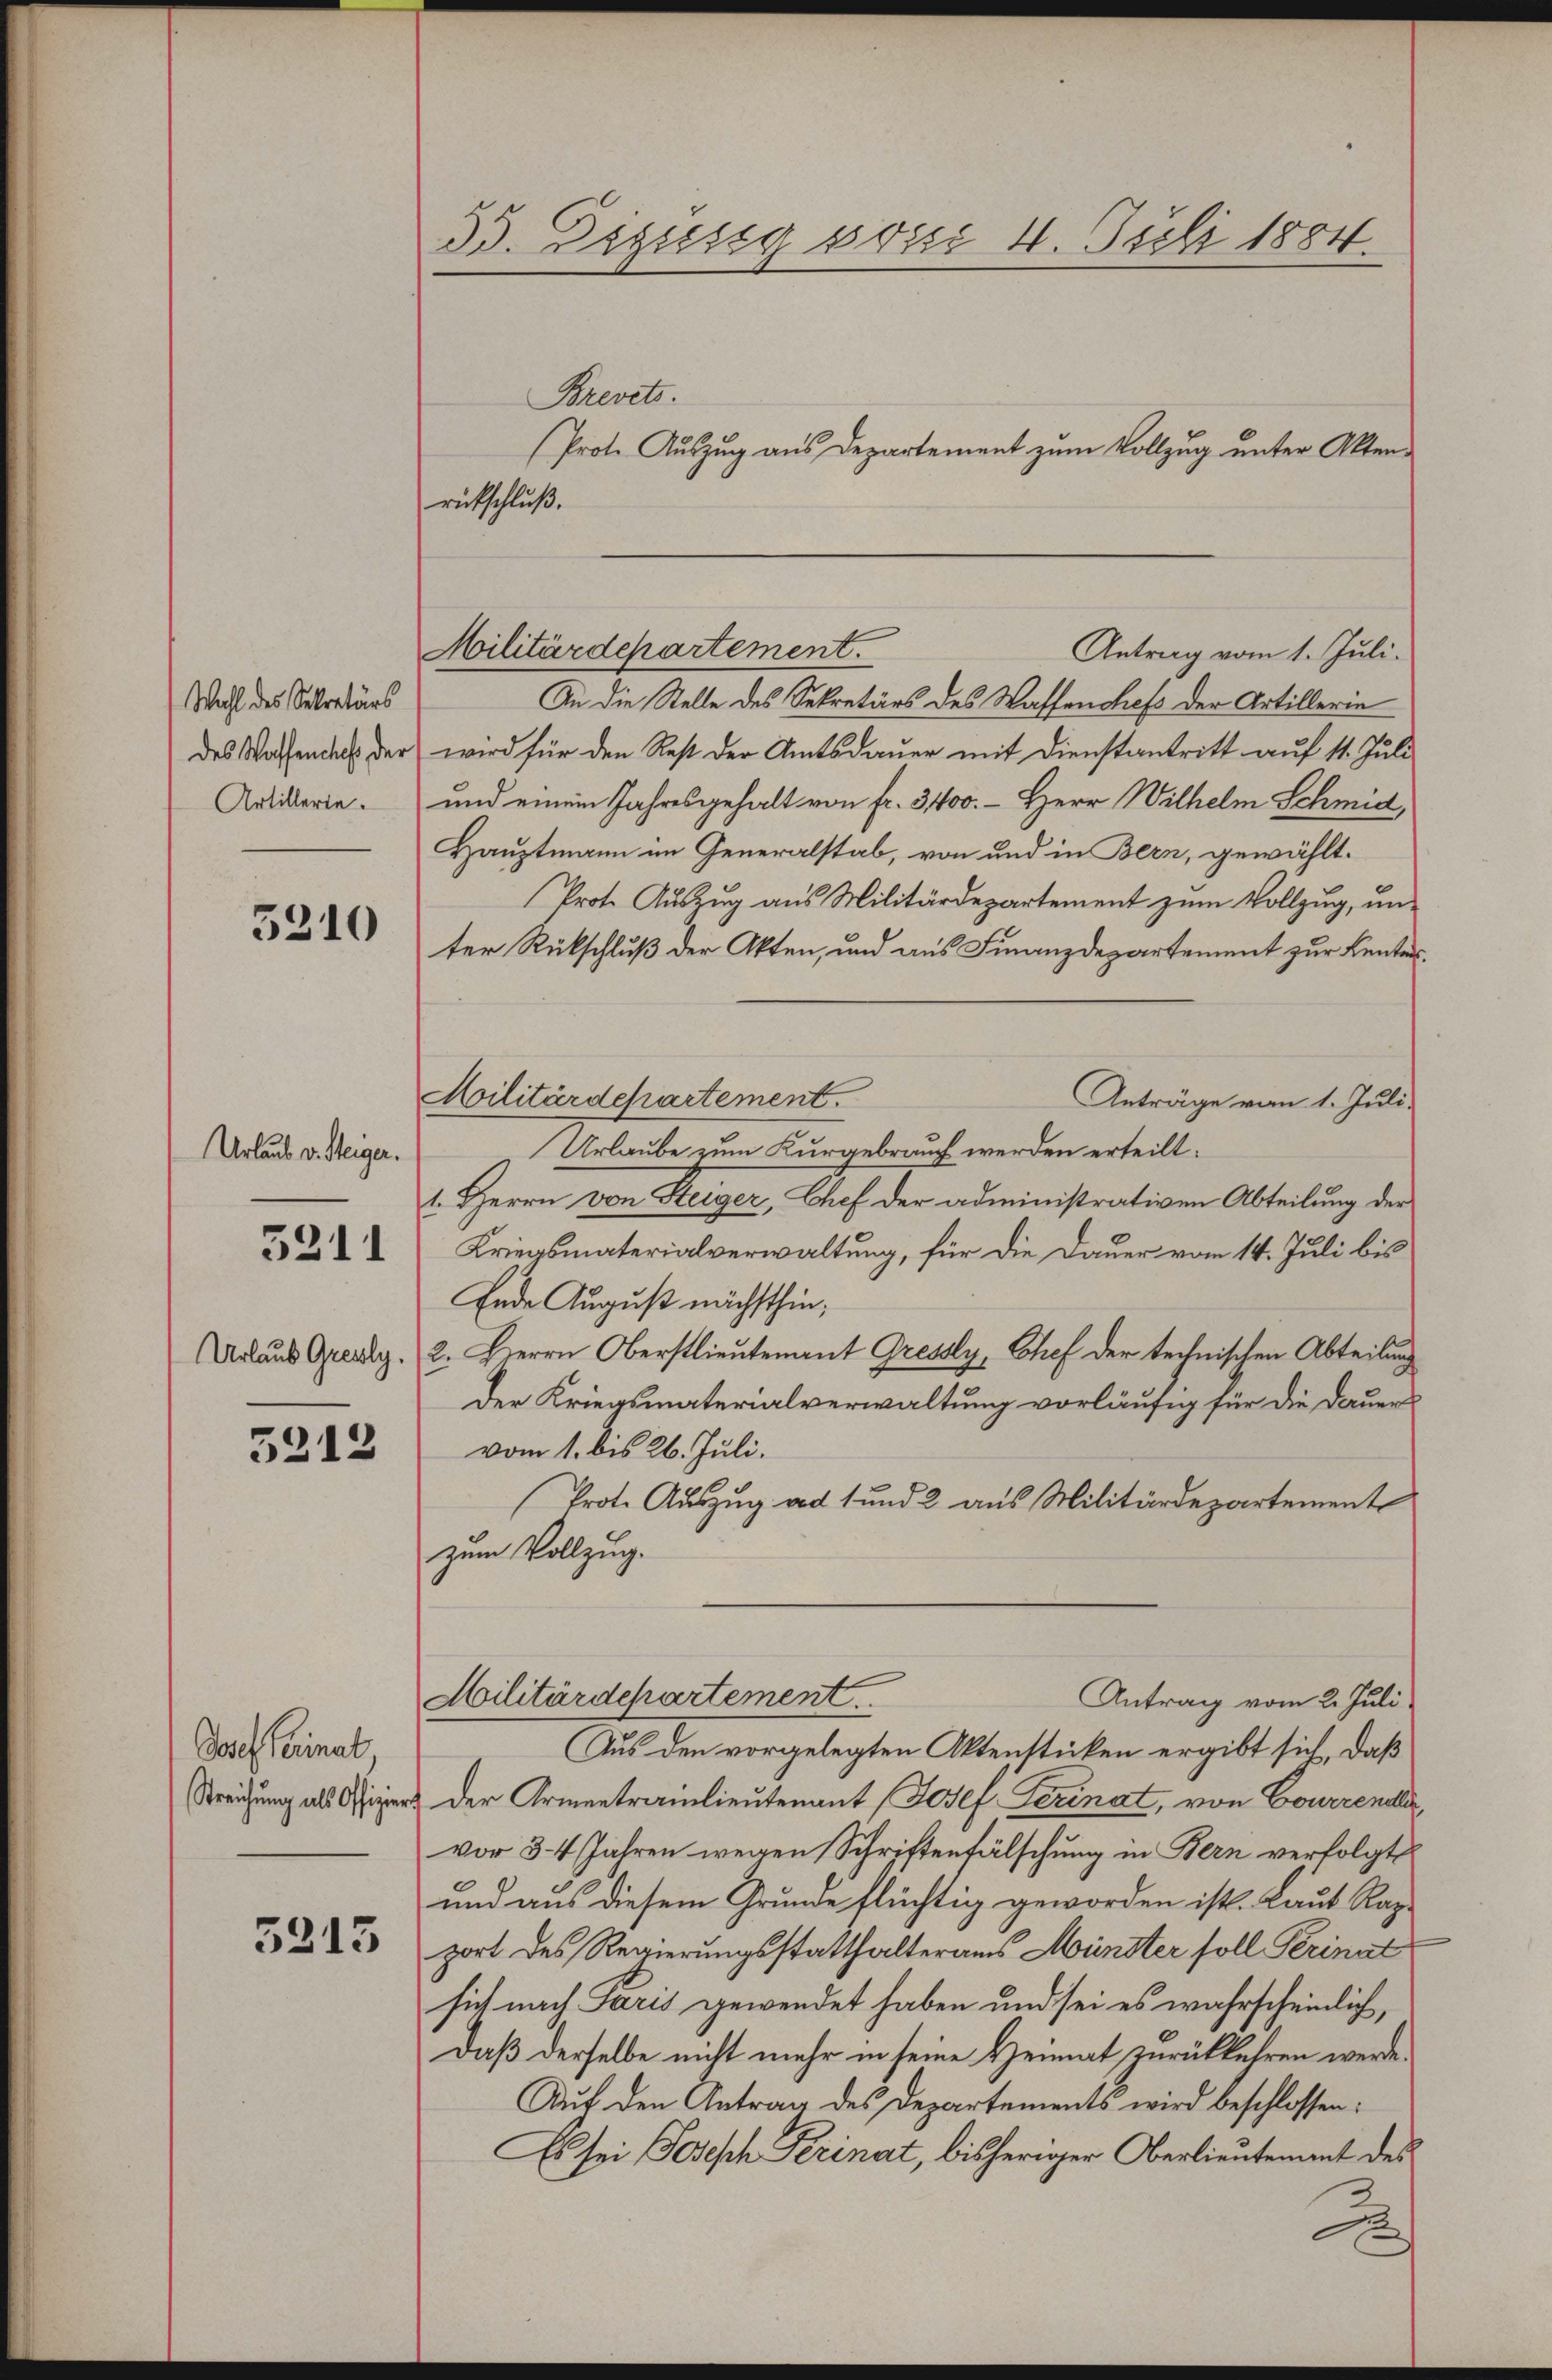
Wohl des Sekretärs
des Wassenchefs der
Artillerie.

5210

Urlaub v. Steiger.
Urlaub Gresly.

5211

5212

Josef Heimat,
Streichŭng als Offizier

5213

33. Diguesig posse 4. Juli 1884.

Brevets.
rückschluß.
An die Stelle des Sekretärs des Waffenshefs der Artillerie
wird für den Rest der Amtsdauer mit Dienstantritt auf 11. Juli
und einem Jahresgehalt von fr. 3400. - Herr Wilhelm Schmid,
Hauptmann im Generalstab, von und in Bern, gewählt.
Prote Auszug aus Militärdepartement zum Vollzug, unter Rückschluß der Akten, und aus Finanzdepartement zur Kenter¬
Militärdepartement.
Anträge vom 1. Juli.
Urlaube zum Kurgebrauch werden erteilt.
1. Herrn von Steiger, Chef der administrativen Abteilung der
Kriegsmaterialverwaltung, für die Dauer vom 14. Juli bis
Ende August nächsthin,
2. Herrn Oberstlieutenant Gressy, Chef der technischen Abteilung
Der Kriegsmaterialverwaltung vorläufig für die Dauer
vom 1. bis 26. Juli.
Prote Auszug ad 1 und 2 aus Militärdepartement
zum Vollzug.
Militärdepartement
Antrag vom 2. Juli
Aus den vorgelegten Aktenstücken ergibt sich, daß
Der Armentrainlieutenant Josef Perinat, von Courrender
vor 34 Jahren wegen Schriftenfälschung in Bern verfolgt
und aus diesem Grunde flüchtig geworden ist. Laut Rapport des Regierungsstatthalteraus Münster soll Perinat
sich nach Paris gewendet haben und sei es wahrscheinlich,
daß derselbe nicht mehr in seine Heimat zurückkehren werde.
Auf den Antrag des Departements wird beschlossen:
Es sei Joseph Ferinat, bisheriger Oberlientement des
2

Prote Auszug aus Departement zum Vollzug unter Akten¬

Militärdepartement.
Antrag vom 1. Juli.